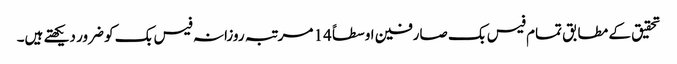
تحقیق کے مطابق تمام فیس بک صارفین اوسطاً 14 مرتبہ روزانہ فیس بک کو ضرور دیکھتے ہیں۔